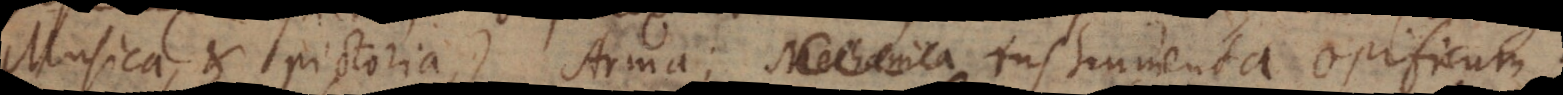
Musica et Pictoria), Arma; Mechanica instrumenta opificum.